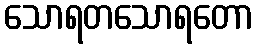
သောရတသောရတော